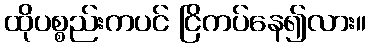
ထိုပစ္စည်းကပင် ငြိကပ်နေ၍လား။